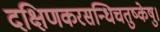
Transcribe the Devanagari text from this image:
दक्षिणकरसन्धिचतुष्केषु।